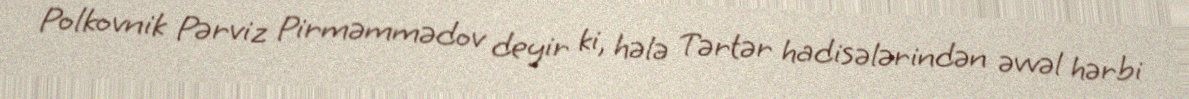
Polkovnik Pərviz Pirməmmədov deyir ki, hələ Tərtər hadisələrindən əvvəl hərbi